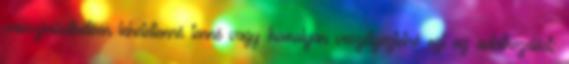
valószínűsíthetően lehetetlenné tenné vagy komolyan veszélyeztetné ezt az adatkezelést;